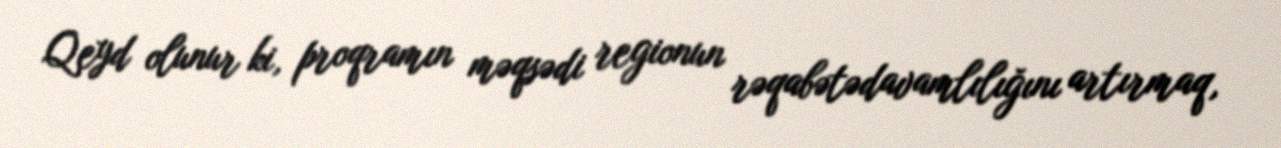
Qeyd olunur ki, proqramın məqsədi regionun rəqabətədavamlılığını artırmaq,